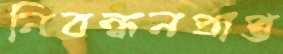
নিবন্ধনপ্রাপ্ত